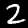
Label: 2